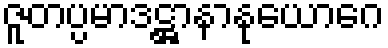
ဇူတပ္ပမာဒဋ္ဌာနာနုယောဂေ